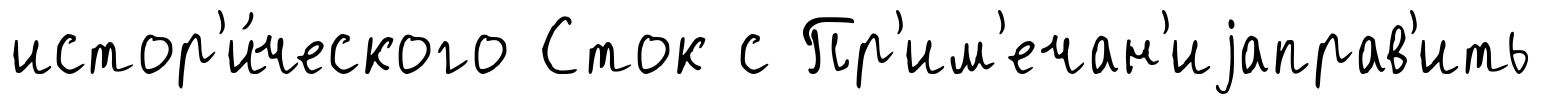
истор'и́ческого Сток с Пр'им'ечан'иjаправ'ить